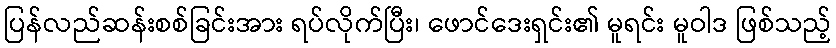
ပြန်လည်ဆန်းစစ်ခြင်းအား ရပ်လိုက်ပြီး၊ ဖောင်ဒေးရှင်း၏ မူရင်း မူဝါဒ ဖြစ်သည့်